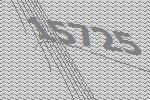
15725